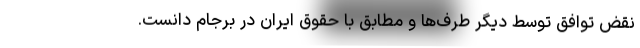
نقض توافق توسط دیگر طرف‌ها و مطابق با حقوق ایران در برجام دانست.